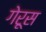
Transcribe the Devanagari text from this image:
गेरूस